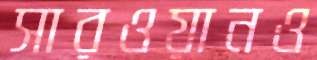
সারওয়ানও